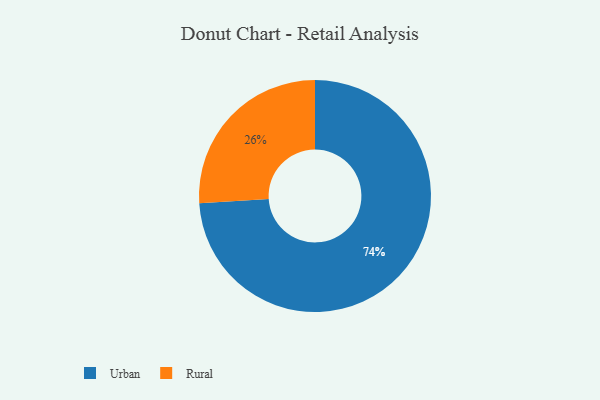
{"axis": {"x": "Category", "y": "Percentage"}, "legend": ["Rural", "Urban"], "data": [{"x": "Urban", "y": 74, "type": "Urban"}, {"x": "Rural", "y": 26, "type": "Rural"}]}